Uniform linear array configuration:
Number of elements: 12
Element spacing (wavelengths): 0.25
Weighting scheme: kaiser
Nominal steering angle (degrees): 45
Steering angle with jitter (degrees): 44.696
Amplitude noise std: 0.05
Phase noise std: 0.05

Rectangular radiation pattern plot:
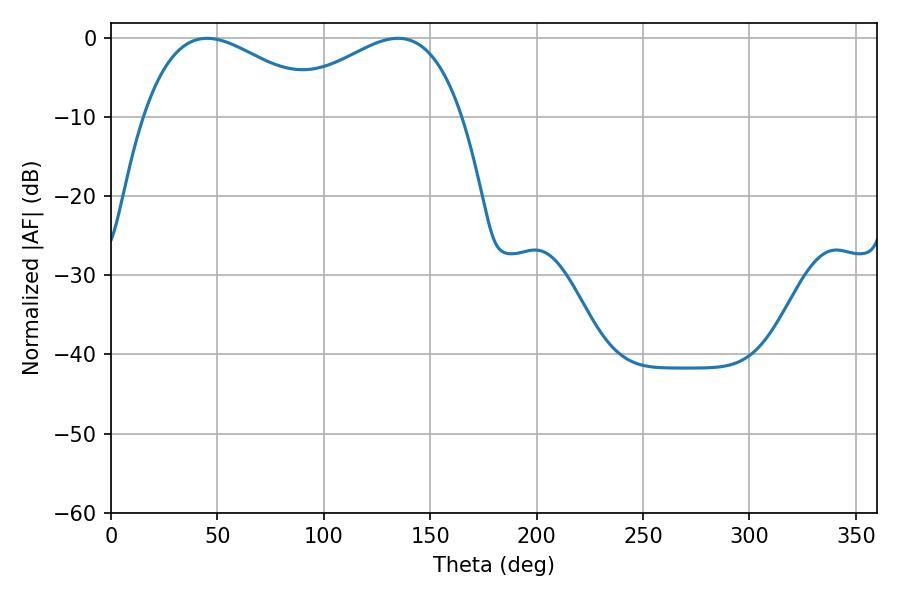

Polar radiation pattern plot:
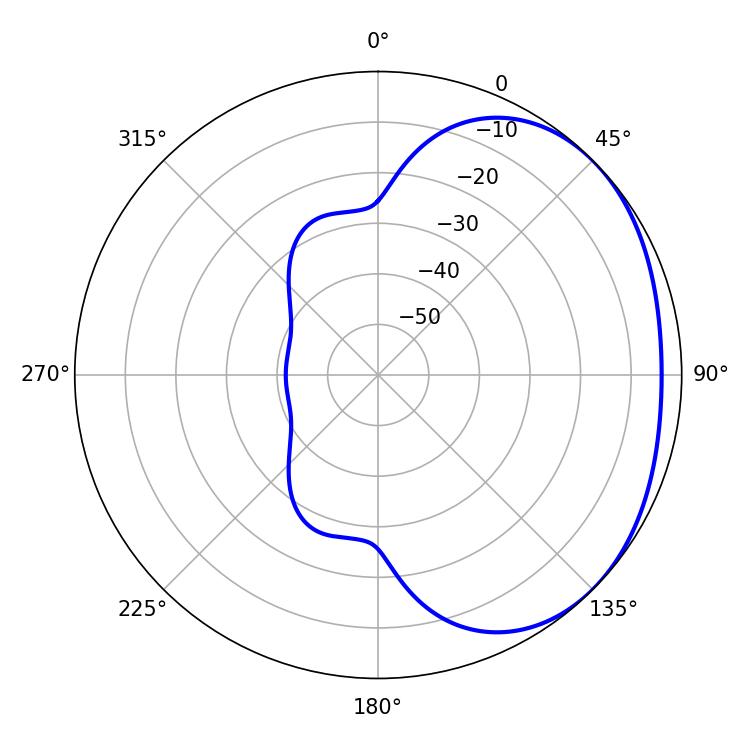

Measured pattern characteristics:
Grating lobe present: FALSE
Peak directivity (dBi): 2.04
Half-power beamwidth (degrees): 47.16
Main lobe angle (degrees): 45.18